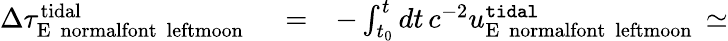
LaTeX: \begin{array}{rlr}{\Delta\tau_{\mathrm{E{\mathrm{~\ normalfont~\ leftmoon~}}}}^{\mathrm{tidal}}}&{{}=}&{-\int_{t_{0}}^{t}dt\, c^{-2}u_{\mathrm{E{\mathrm{~\ normalfont~\ leftmoon~}}}}^{\tt tidal}\simeq}\end{array}